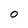
Character: 0